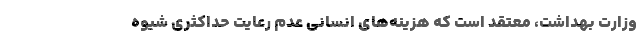
وزارت بهداشت، معتقد است که هزینه‌های انسانی عدم رعایت حداکثری شیوه